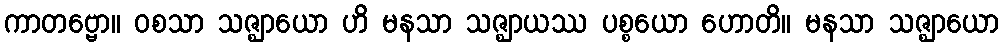
ကာတဗ္ဗော။ ဝစသာ သဇ္ဈာယော ဟိ မနသာ သဇ္ဈာယဿ ပစ္စယော ဟောတိ။ မနသာ သဇ္ဈာယော